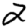
Digit: 2